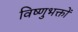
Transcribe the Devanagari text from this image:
विष्णुभक्तों